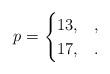
LaTeX: \begin{align*} p= \begin{cases} 13, & , \\ 17, & . \end{cases} \end{align*}